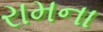
રામના